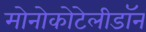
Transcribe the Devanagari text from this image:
मोनोकोटेलीडॉन